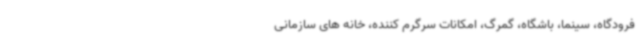
فرودگاه، سینما، باشگاه، گمرگ، امکانات سرگرم کننده، خانه های سازمانی